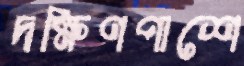
দক্ষিণপাশে